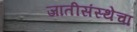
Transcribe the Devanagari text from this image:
जातीसंस्थेचा